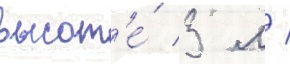
высот'е́ 3 м /